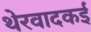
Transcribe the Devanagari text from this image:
थेरवादकई